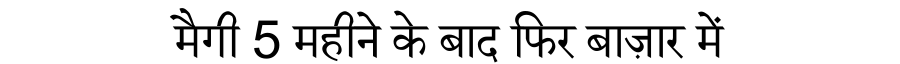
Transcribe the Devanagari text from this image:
मैगी 5 महीने के बाद फिर बाज़ार में